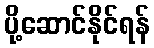
ပို့ဆောင်နိုင်ရန်